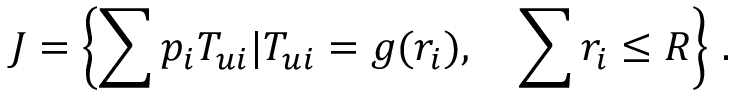
J = \left\{ \sum p _ { i } T _ { u i } | T _ { u i } = g ( r _ { i } ) , \quad \sum r _ { i } \le R \right\} \, .